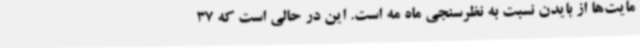
مایت‌ها از بایدن نسبت به نظرسنجی ماه مه است. این در حالی است که 37